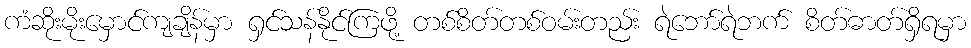
ကံဆိုးမိုးမှောင်ကျချိန်မှာ ရှင်သန်နိုင်ကြဖို့ တစ်စိတ်တစ်ဝမ်းတည်း ရဲဘော်ရဲဘက် စိတ်ဓာတ်ရှိရမှာ